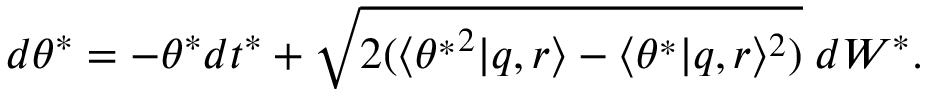
d \theta ^ { * } = - \theta ^ { * } d t ^ { * } + \sqrt { 2 ( \langle { \theta ^ { * } } ^ { 2 } | q , r \rangle - \langle \theta ^ { * } | q , r \rangle ^ { 2 } ) } \; d W ^ { * } .